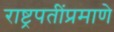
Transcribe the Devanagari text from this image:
राष्ट्रपतींप्रमाणे